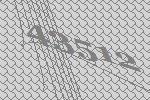
43512